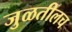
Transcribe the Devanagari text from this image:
जुळतीलच